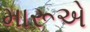
મારૂએ